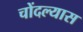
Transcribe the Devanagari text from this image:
चोंदल्यास